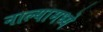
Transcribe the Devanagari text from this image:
नाल्यामध्ये